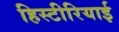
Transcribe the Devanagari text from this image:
हिस्टीरियाई